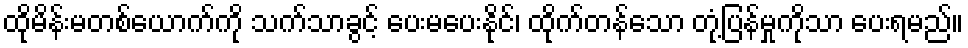
ထိုမိန်းမတစ်ယောက်ကို သက်သာခွင့် ပေးမပေးနိုင်၊ ထိုက်တန်သော တုံ့ပြန်မှုကိုသာ ပေးရမည်။